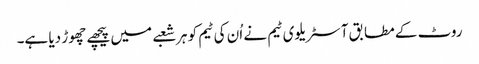
روٹ کے مطابق آسٹریلوی ٹیم نے اُن کی ٹیم کو ہر شعبے میں پیچھے چھوڑ دیا ہے۔